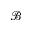
\mathcal { B }